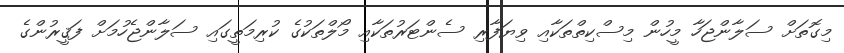
މިގޮތަށް ސަލާންޖަހާ މީހުން މިސްކިތްތަކާއި ވިޔަފާރި ސެންޓަރުތަކާއި މޯލްތަކުގެ ކުރިމަތީގައި ސަލާންޖެހުމަށް ފަޤީރުންގެ